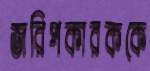
জরিপকারককে